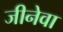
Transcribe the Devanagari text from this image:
जीनेवा